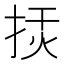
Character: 𢭅